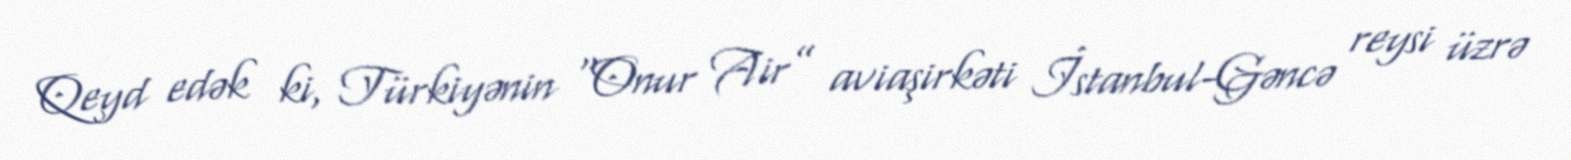
Qeyd edək ki, Türkiyənin “Onur Air” aviaşirkəti İstanbul-Gəncə reysi üzrə